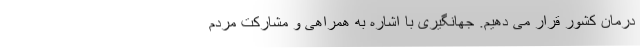
درمان کشور قرار می دهیم. جهانگیری با اشاره به همراهی و مشارکت مردم